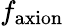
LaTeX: f_{\mathrm{axion}}